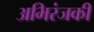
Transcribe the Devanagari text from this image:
अभिरंजकी